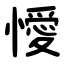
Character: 懓